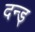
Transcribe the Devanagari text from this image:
दन्ड्